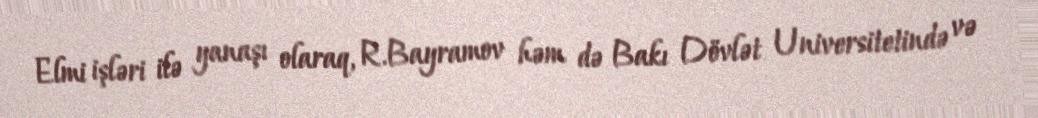
Elmi işləri ilə yanaşı olaraq, R.Bayramov həm də Bakı Dövlət Universitetində və